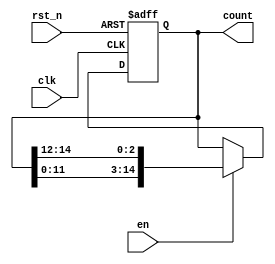
`timescale 1ns / 1ps
//////////////////////////////////////////////////////////////////////////////////
// Company: 
// Engineer: 
// 
// Design Name: 
// Module Name: RingCounterX3
// Project Name: 
// Target Devices: 
// Tool Versions: 
// Description: 
// 
// Dependencies: 
// 
// Revision:
// Revision 0.01 - File Created
// Additional Comments:
// 
//////////////////////////////////////////////////////////////////////////////////


module RingCounterX3(
//ReadReg  ReadAddressCounter  
    clk, rst_n, en, 
    count
);

input clk, rst_n; //1bit input
input en; //1bit input
output reg [14:0] count; //15bit output
parameter initCount = 0; //3 ReadReg     

//clk  rst_n   
always @(posedge clk or negedge rst_n) begin
    if(!rst_n) begin //rst_n 0  
        //initCount  0 (ReadReg   0 ) count 
        if(initCount == 0) count <= 15'b100_0000_0000_0000; 
        //initCount 0   1 initCount - 1 left shift count 
        else count <= 1 << (initCount - 1);
    end
    else begin //rst_n 1 
        //en 1 , count 3bit left shift
        if(en) count <= {count[11:0], count[14:12]};
        else count <= count; //en 0 
    end
end

endmodule